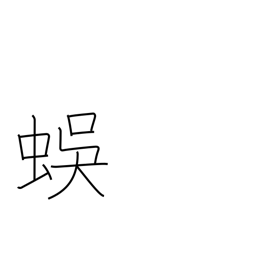
Meaning: centipede